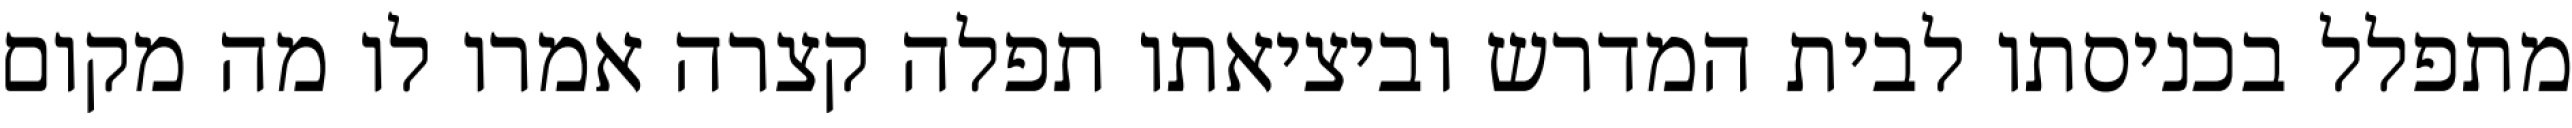
מתפלל בכניסתו לבית המדרש וביציאתו תפלה קצרה אמרו לו מה מקום